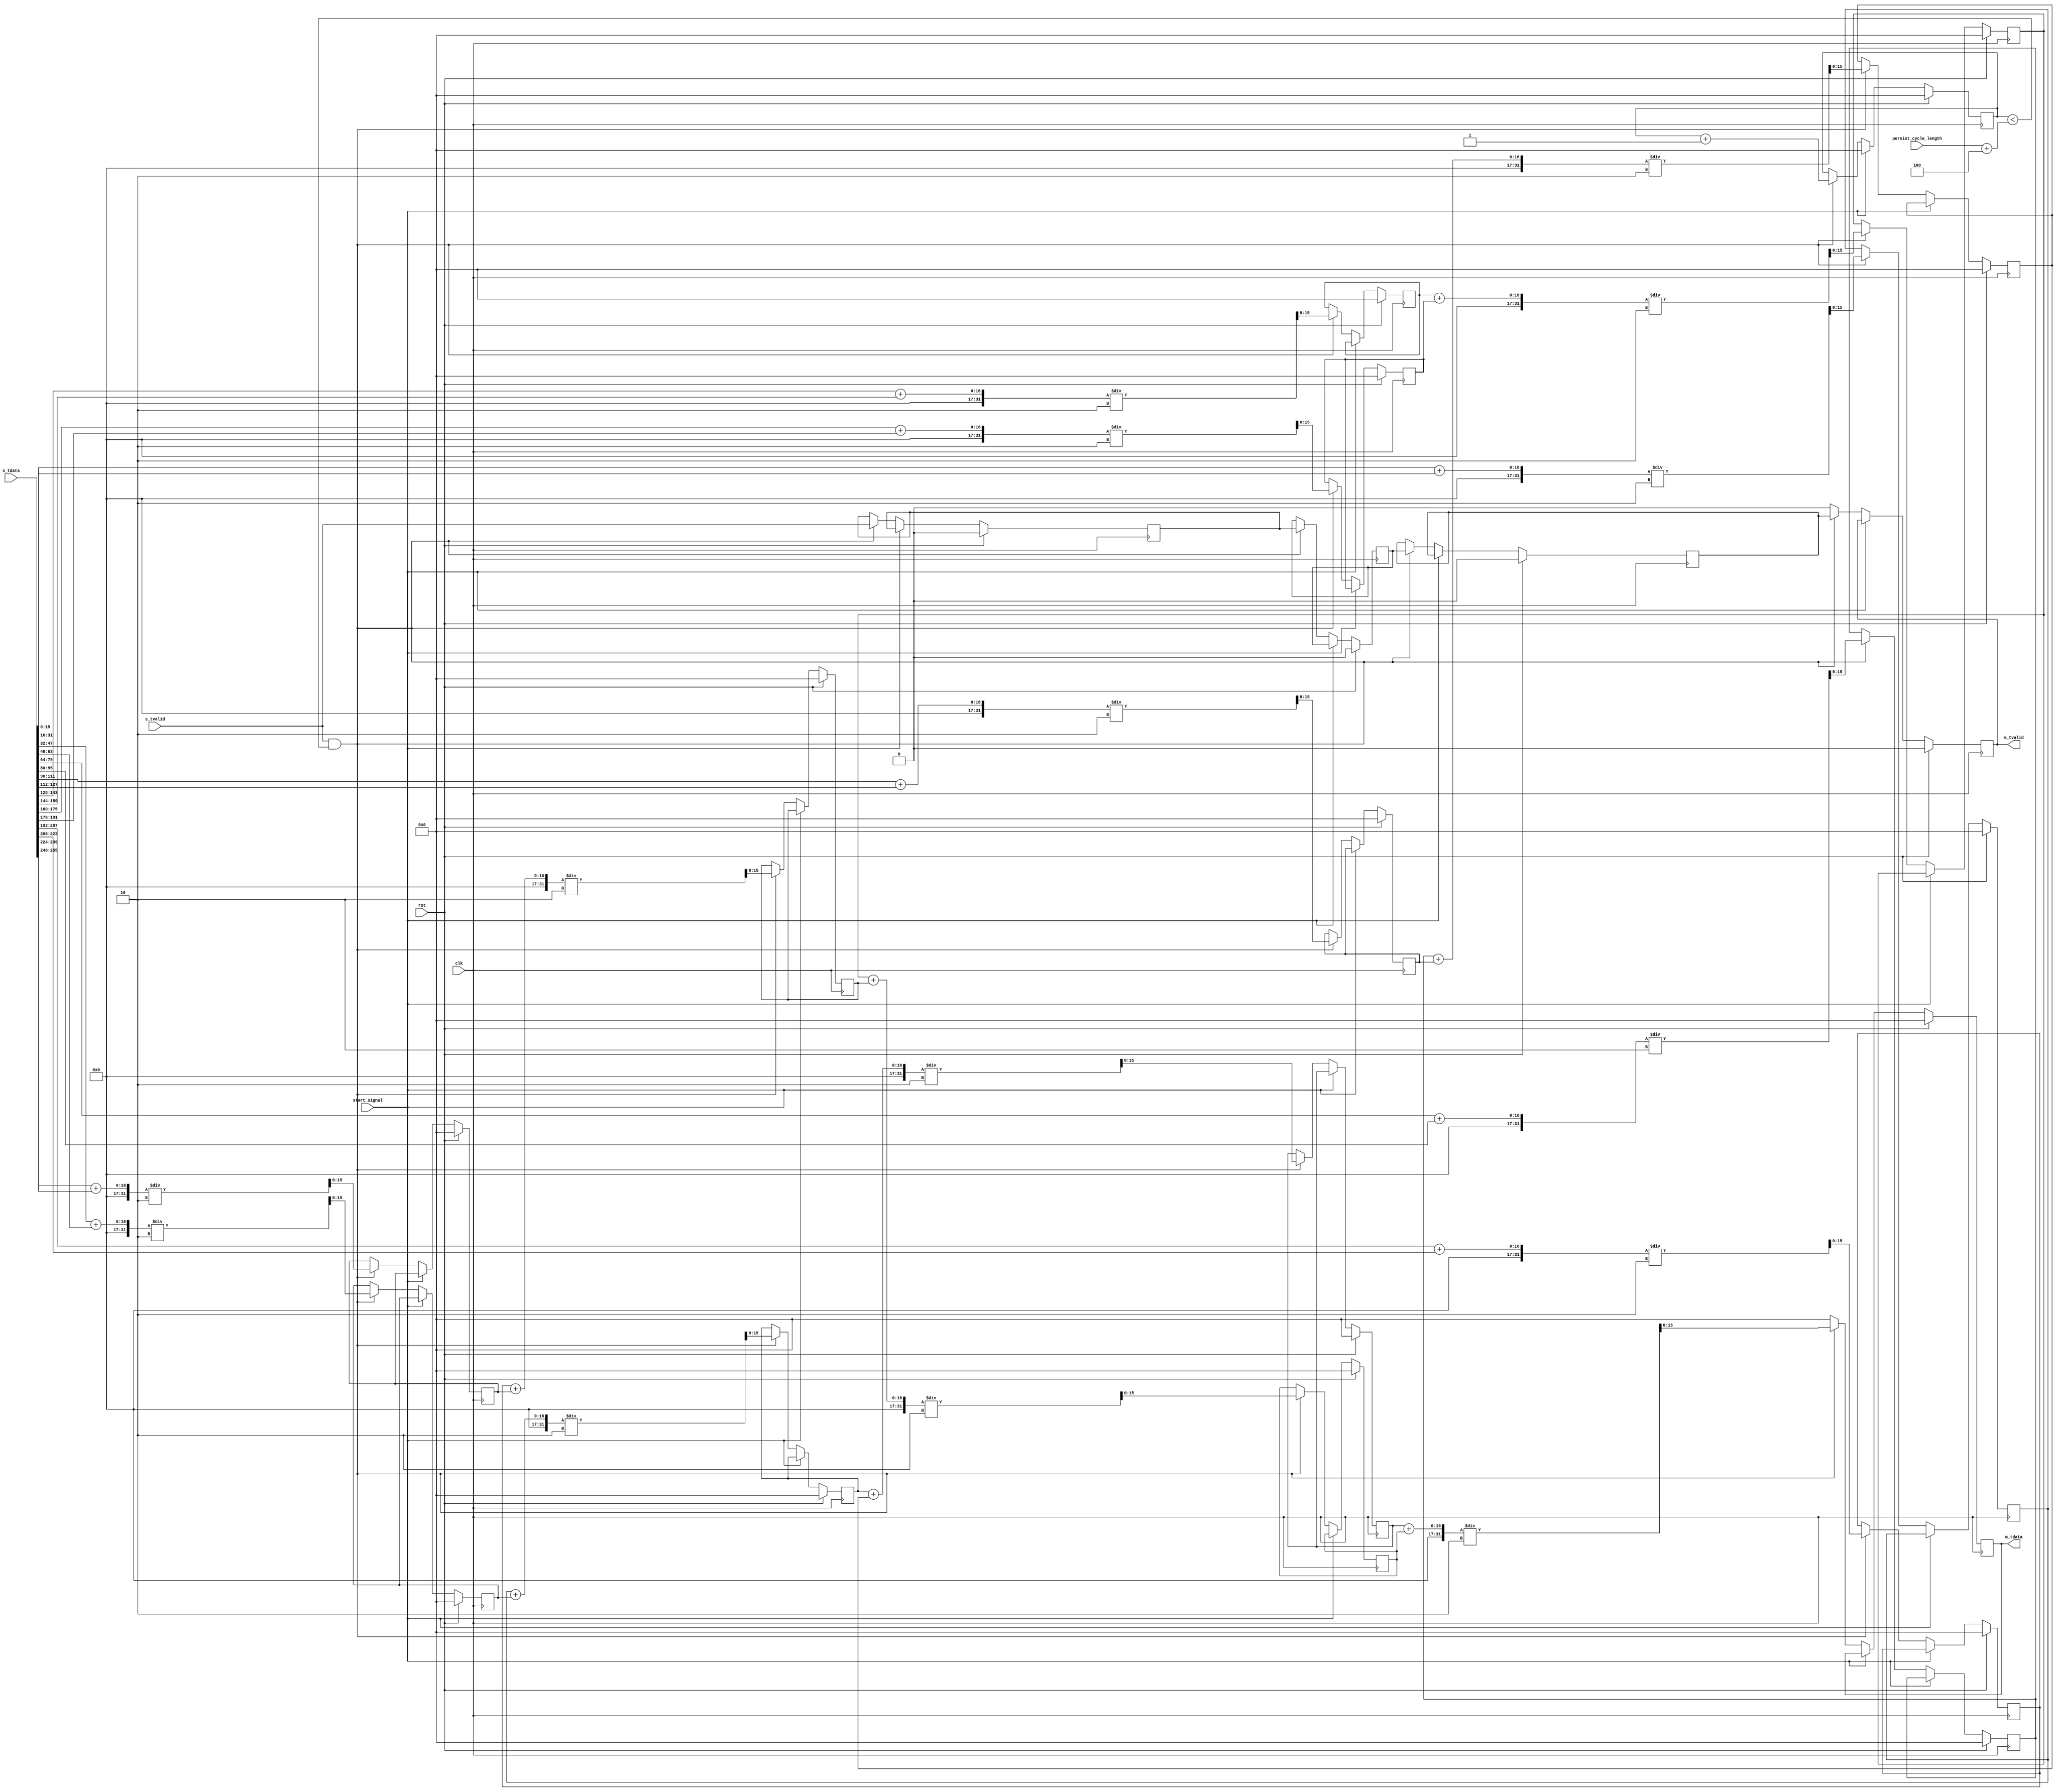
// This program was cloned from: https://github.com/hipersys-team/lightning
// License: MIT License

// Language: Verilog 2001

`resetall
`timescale 1ns / 1ps
`default_nettype none


module averager_tree # (
    parameter IN_DATA_WIDTH = 256,
    parameter OUT_DATA_WIDTH = 16
)(
    input wire clk,
    input wire rst,
    input wire start_signal,
    input wire [15:0] persist_cycle_length,

    input wire [IN_DATA_WIDTH-1:0] s_tdata,  // we assume the number here is signed
    input wire s_tvalid,

    output wire [OUT_DATA_WIDTH-1:0] m_tdata,
    output wire m_tvalid
);
    reg [15:0] r1_adder_1;
    reg [15:0] r1_adder_2;
    reg [15:0] r1_adder_3;
    reg [15:0] r1_adder_4;
    reg [15:0] r1_adder_5;
    reg [15:0] r1_adder_6;
    reg [15:0] r1_adder_7;
    reg [15:0] r1_adder_8;

    reg [15:0] r2_adder_1;
    reg [15:0] r2_adder_2;
    reg [15:0] r2_adder_3;
    reg [15:0] r2_adder_4;

    reg [15:0] r3_adder_1;
    reg [15:0] r3_adder_2;

    reg [15:0] r4_adder_1;

    reg r1_valid;
    reg r2_valid;
    reg r3_valid;
    reg r4_valid;

    assign m_tdata = r4_adder_1;
    assign m_tvalid = r4_valid;

    reg [15:0] cycle_count;

    always @ (posedge clk) begin
        if (rst) begin
            r1_adder_1 <= 16'd0;
            r1_adder_2 <= 16'd0;
            r1_adder_3 <= 16'd0;
            r1_adder_4 <= 16'd0;
            r1_adder_5 <= 16'd0;
            r1_adder_6 <= 16'd0;
            r1_adder_7 <= 16'd0;
            r1_adder_8 <= 16'd0;
            r1_valid <= 1'b0;

            r2_adder_1 <= 16'd0;
            r2_adder_2 <= 16'd0;
            r2_adder_3 <= 16'd0;
            r2_adder_4 <= 16'd0;
            r2_valid <= 1'b0;

            r3_adder_1 <= 16'd0;
            r3_adder_2 <= 16'd0;
            r3_valid <= 1'b0;

            r4_adder_1 <= 16'd0;
            r4_valid <= 1'b0;

            cycle_count <= 0;
        end else if (start_signal) begin
            cycle_count <= 0;
        end else if (s_tvalid && cycle_count < persist_cycle_length + 4) begin  // 4 more cycles adder tree delay
            r1_adder_1 <= (s_tdata[15:0] + s_tdata[31:16])/2;
            r1_adder_2 <= (s_tdata[47:32] + s_tdata[63:48])/2;
            r1_adder_3 <= (s_tdata[79:64] + s_tdata[95:80])/2;
            r1_adder_4 <= (s_tdata[111:96] + s_tdata[127:112])/2;
            r1_adder_5 <= (s_tdata[143:128] + s_tdata[159:144])/2;
            r1_adder_6 <= (s_tdata[175:160] + s_tdata[191:176])/2;
            r1_adder_7 <= (s_tdata[207:192] + s_tdata[223:208])/2;
            r1_adder_8 <= (s_tdata[239:224] + s_tdata[255:240])/2;
            r1_valid <= s_tvalid;

            r2_adder_1 <= (r1_adder_1 + r1_adder_2)/2;
            r2_adder_2 <= (r1_adder_3 + r1_adder_4)/2;
            r2_adder_3 <= (r1_adder_5 + r1_adder_6)/2;
            r2_adder_4 <= (r1_adder_7 + r1_adder_8)/2;
            r2_valid <= r1_valid;

            r3_adder_1 <= (r2_adder_1 + r2_adder_2)/2;
            r3_adder_2 <= (r2_adder_3 + r2_adder_4)/2;
            r3_valid <= r2_valid;

            r4_adder_1 <= (r3_adder_1 + r3_adder_2)/2;
            r4_valid <= r3_valid;

            cycle_count <= cycle_count + 1;
        end else begin
            r4_adder_1 <= 0;
            r4_valid <= 0;
        end
    end
        
endmodule


`resetall